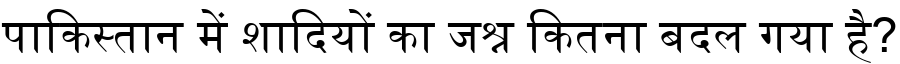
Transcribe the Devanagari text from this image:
पाकिस्तान में शादियों का जश्न कितना बदल गया है?